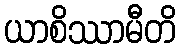
ယာစိဿာမီတိ